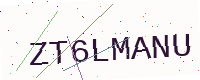
Text: ZT6LMANU